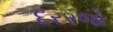
દરરજો